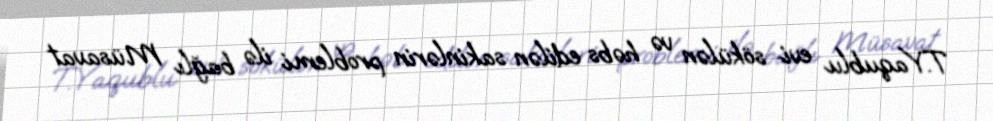
T.Yaqublu evi sökülən və həbs edilən sakinlərin problemi ilə bağlı Müsavat